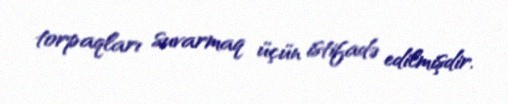
torpaqları suvarmaq üçün istifadə edilmişdir.